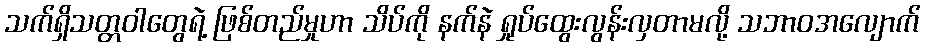
သက်ရှိသတ္တဝါတွေရဲ့ ဖြစ်တည်မှုဟာ သိပ်ကို နက်နဲ ရှုပ်ထွေးလွန်းလှတာမလို့ သဘာဝအလျောက်